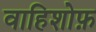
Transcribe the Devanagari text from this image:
वाहिशोफ़